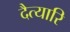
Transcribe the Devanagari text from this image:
दैत्यारि